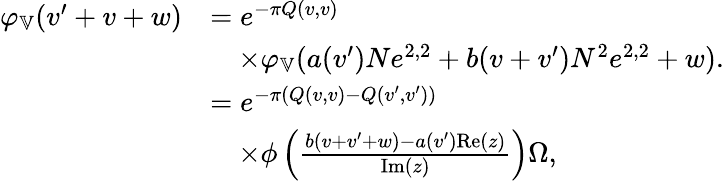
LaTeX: \begin{array}{rl}{\varphi_{\mathbb{V}}(v^{\prime}+v+w)}&{=e^{-\pi Q(v,v)}}\\ &{\quad\times\varphi_{\mathbb{V}}(a(v^{\prime})Ne^{2,2}+b(v+v^{\prime})N^{2}e^{2,2}+w).}\\ &{=e^{-\pi(Q(v,v)-Q(v^{\prime},v^{\prime}))}}\\ &{\quad\times\phi\left(\frac{b(v+v^{\prime}+w)-a(v^{\prime})\mathrm{Re}(z)}{\mathrm{Im}(z)}\right)\Omega,}\end{array}